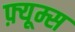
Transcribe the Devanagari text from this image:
फ़्यूम्स